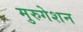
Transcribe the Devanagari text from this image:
मुरुगेशन